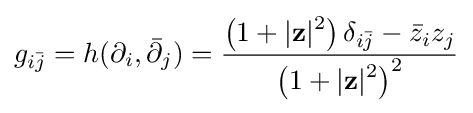
g_{i{\bar {j}}}=h(\partial _{i},{\bar {\partial }}_{j})={\frac {\left(1+|\mathbf {z} |{\vphantom {l}}^{2}\right)\delta _{i{\bar {j}}}-{\bar {z}}_{i}z_{j}}{\left(1+|\mathbf {z} |{\vphantom {l}}^{2}\right)^{2}}}